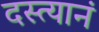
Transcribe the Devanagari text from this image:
दस्त्यानं